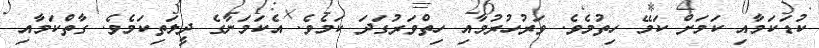
ކުޑަކަމާއި ކަމަށް ކަމޭ ހިތުމެވެ. ވަރުހުރުމާއި ހިތްވަރުގަދަ ކަމެވެ. އެކަމަނާގެ ދީލަތިކަމެވެ. ގާތްކަމާއި